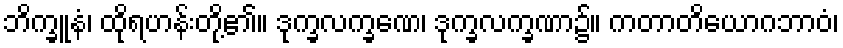
ဘိက္ခူနံ၊ ထိုရဟန်းတို့၏။ ဒုက္ခလက္ခဏေ၊ ဒုက္ခလက္ခဏာ၌။ ကတာတိယောဂဘာဝံ၊